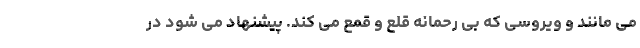
می مانند و ویروسی که بی رحمانه قلع و قمع می کند. پیشنهاد می شود در